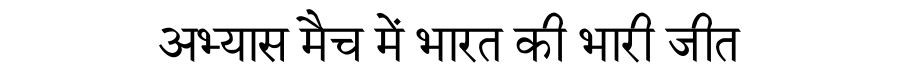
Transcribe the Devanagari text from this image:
अभ्यास मैच में भारत की भारी जीत